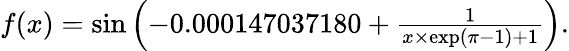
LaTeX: \begin{array}{r}{f(x)=\sin\left(-0.000147037180+\frac{1}{x\times\exp(\pi-1)+1}\right).}\end{array}